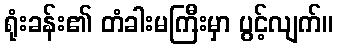
ရုံးခန်း၏ တံခါးမကြီးမှာ ပွင့်လျက်။